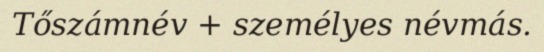
Tőszámnév + személyes névmás.